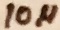
Text: 10µ